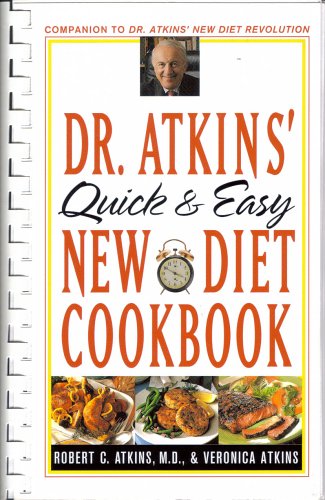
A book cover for Dr Atkins Quick & Easy New Diet Cookbook; Veronica C. Atkins Robert C. Atkins M.D.; Health, Fitness & Dieting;